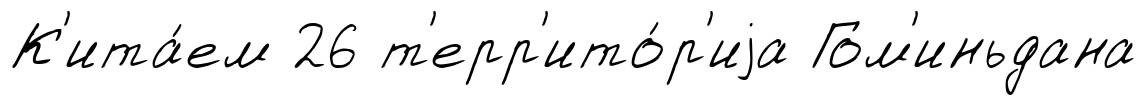
К'ита́ем 26 т'ерр'ито́р'иjа Гом'иньдана